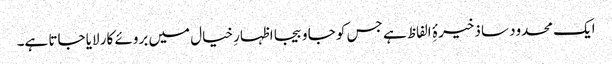
ایک محدود سا ذخیرۂِ الفاظ ہے جس کو جا و بیجا اظہارِ خیال میں بروئے کار لایا جاتا ہے۔